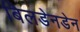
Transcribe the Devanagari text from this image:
बिलडेनडेन